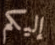
إليكم